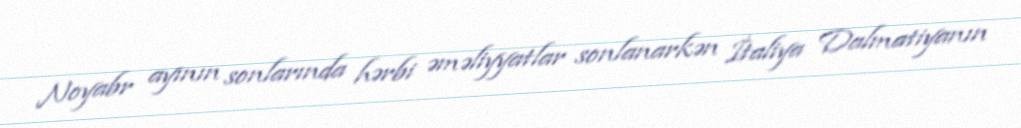
Noyabr ayının sonlarında hərbi əməliyyatlar sonlanarkən İtaliya Dalmatiyanın